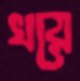
খয়ে